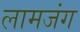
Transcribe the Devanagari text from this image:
लामजंग